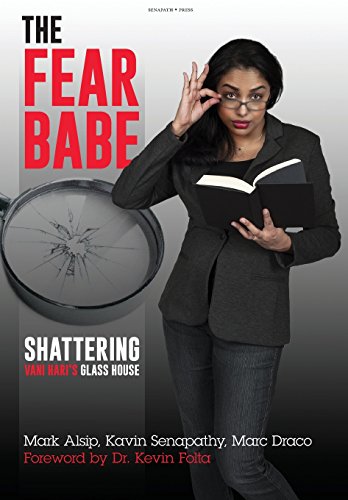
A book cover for The Fear Babe: Shattering Vani Hari's Glass House; Marc Draco; Science & Math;